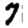
Digit: 7